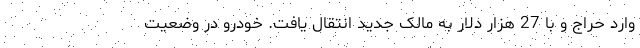
وارد حراج و با 27 هزار دلار به مالک جدید انتقال یافت. خودرو در وضعیت